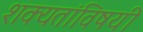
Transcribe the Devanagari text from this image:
शक्यतांविषयी